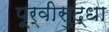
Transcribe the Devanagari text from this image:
पूर्वीसुद्धा